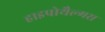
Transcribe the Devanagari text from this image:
हाइपोथैल्मस